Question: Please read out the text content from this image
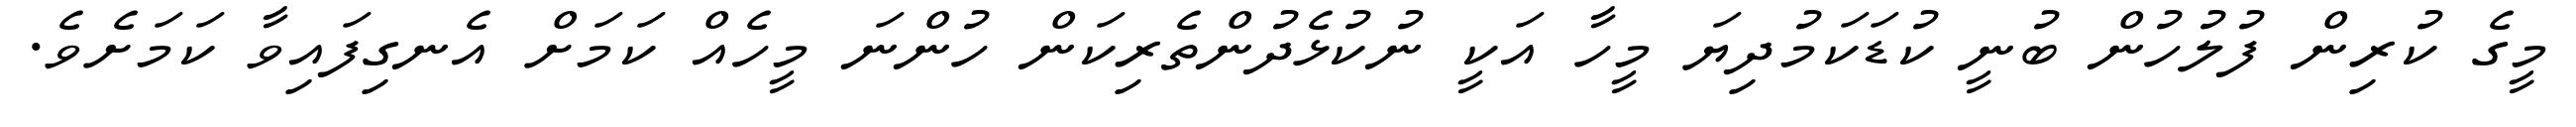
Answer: މީގެ ކުރިން ފުލުހުން ބުނީ ކުޑަކަމުދިޔަ މީހާ އަކީ ނުކުޅެދުންތެރިކަން ހުންނަ މީހެއް ކަމަށް އެނގިފައިވާ ކަމަށެވެ.